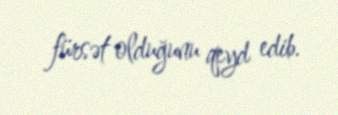
fürsət olduğunu qeyd edib.